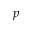
{ p }